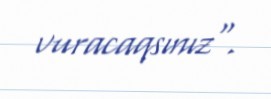
vuracaqsınız".